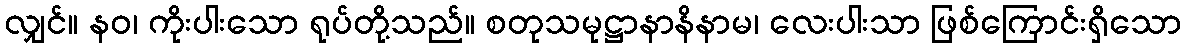
လျှင်။ နဝ၊ ကိုးပါးသော ရုပ်တို့သည်။ စတုသမုဋ္ဌာနာနိနာမ၊ လေးပါးသာ ဖြစ်ကြောင်းရှိသော